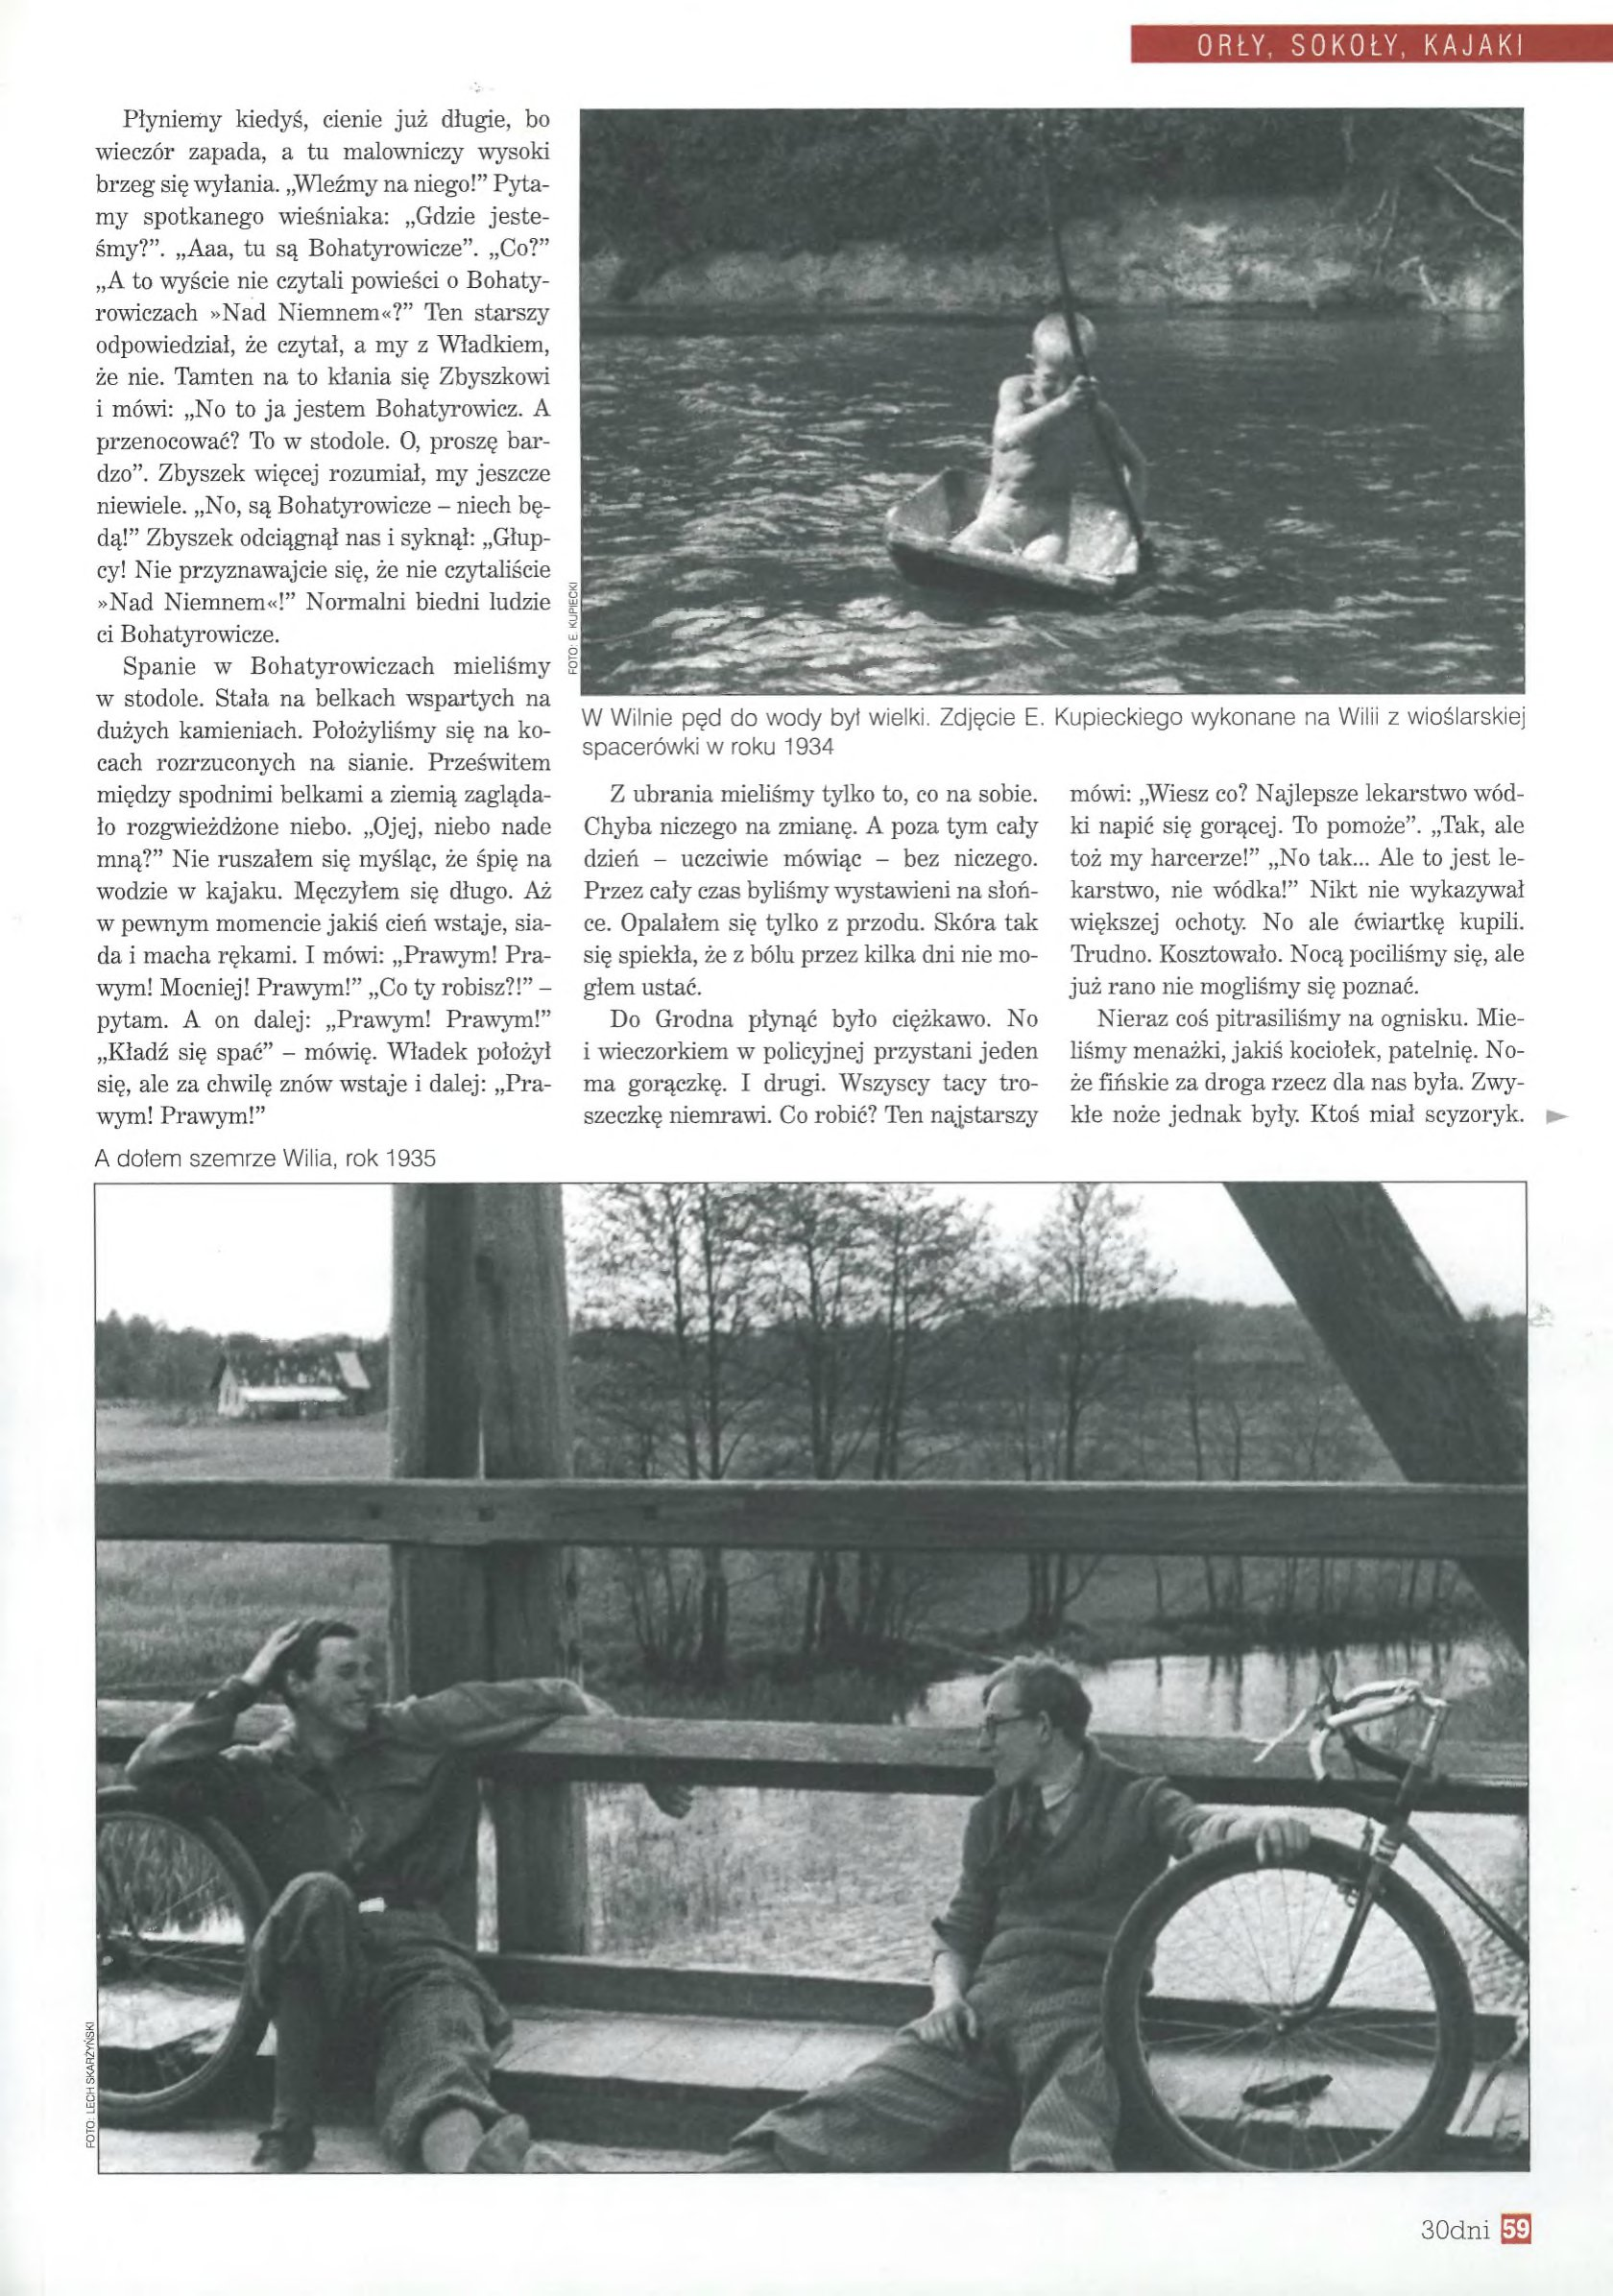
Language: pl